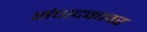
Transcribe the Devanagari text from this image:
संपादकावर